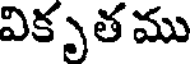
వికృత ము